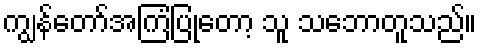
ကျွန်တော်အကြံပြုတော့ သူ သဘောတူသည်။